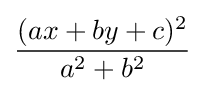
{\frac {(ax+by+c)^{2}}{a^{2}+b^{2}}}